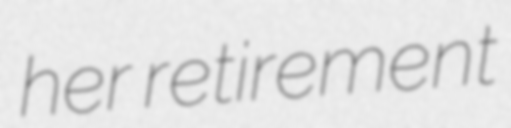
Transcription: her retirement